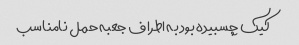
کیک چسبیده بود به اطراف جعبه حمل نامناسب